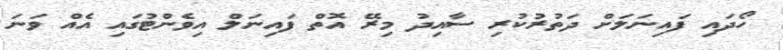
ހޯދައި ފައިނަލަށް ދަތުރުކުރި ސާއިދު މިރޭ އޮތް ފައިނަލް އިވެންޓުގައި އެއް ވަނަ